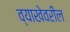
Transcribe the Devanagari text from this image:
व्याखेवरील